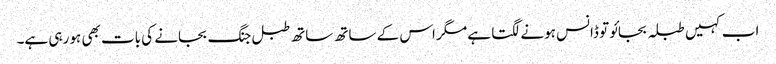
اب کہیں طبلہ بجائو تو ڈانس ہونے لگتا ہے مگر اس کے ساتھ ساتھ طبل جنگ بجانے کی بات بھی ہو رہی ہے۔